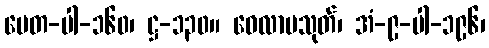
ပေတ-ပါ-၁၆၀၊ ဋ္ဌ-၁၃၀။ ဝေလာမသုတ်၊ အံ-၉-ပါ-၁၉၆၊